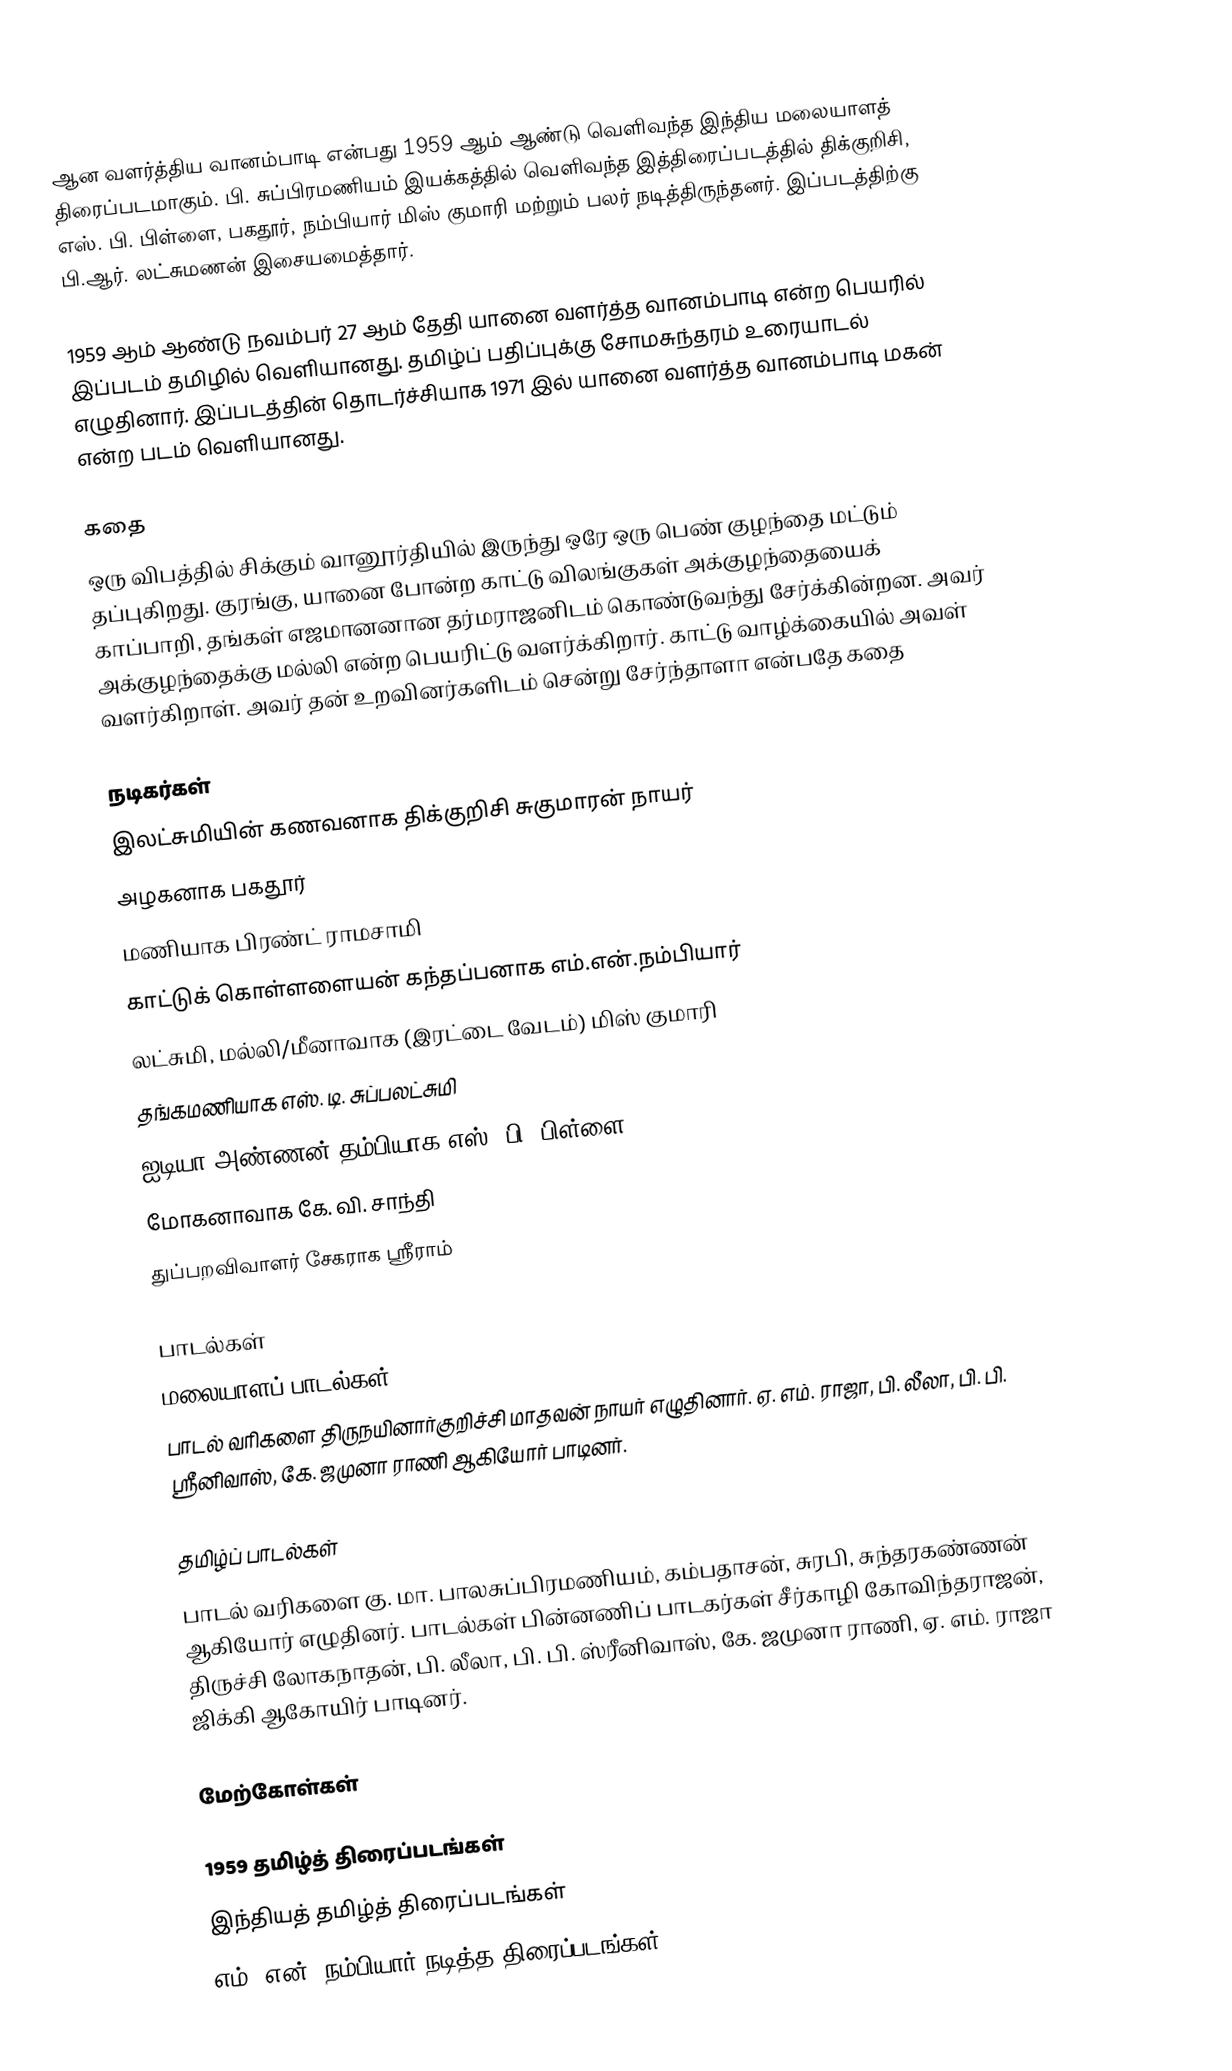
ஆன வளர்த்திய வானம்பாடி என்பது 1959 ஆம் ஆண்டு வெளிவந்த இந்திய மலையாளத் திரைப்படமாகும். பி. சுப்பிரமணியம் இயக்கத்தில் வெளிவந்த இத்திரைப்படத்தில் திக்குறிசி, எஸ். பி. பிள்ளை, பகதூர், நம்பியார் மிஸ் குமாரி மற்றும் பலர் நடித்திருந்தனர். இப்படத்திற்கு பி.ஆர். லட்சுமணன் இசையமைத்தார்.

1959 ஆம் ஆண்டு நவம்பர் 27 ஆம் தேதி யானை வளர்த்த வானம்பாடி என்ற பெயரில் இப்படம் தமிழில் வெளியானது. தமிழ்ப் பதிப்புக்கு சோமசுந்தரம் உரையாடல் எழுதினார். இப்படத்தின் தொடர்ச்சியாக 1971 இல் யானை வளர்த்த வானம்பாடி மகன் என்ற படம் வெளியானது.

கதை
ஒரு விபத்தில் சிக்கும் வானூர்தியில் இருந்து ஒரே ஒரு பெண் குழந்தை மட்டும் தப்புகிறது. குரங்கு, யானை போன்ற காட்டு விலங்குகள் அக்குழந்தையைக் காப்பாறி, தங்கள் எஜமானனான தர்மராஜனிடம் கொண்டுவந்து சேர்க்கின்றன. அவர் அக்குழந்தைக்கு மல்லி என்ற பெயரிட்டு வளர்க்கிறார். காட்டு வாழ்க்கையில் அவள் வளர்கிறாள். அவர் தன் உறவினர்களிடம் சென்று சேர்ந்தாளா என்பதே கதை

நடிகர்கள்
 இலட்சுமியின் கணவனாக திக்குறிசி சுகுமாரன் நாயர்
 அழகனாக பகதூர்
 மணியாக பிரண்ட் ராமசாமி
 காட்டுக் கொள்ளளையன் கந்தப்பனாக எம்.என்.நம்பியார்
 லட்சுமி, மல்லி/மீனாவாக (இரட்டை வேடம்) மிஸ் குமாரி
 தங்கமணியாக எஸ். டி. சுப்பலட்சுமி
 ஐடியா அண்ணன் தம்பியாக எஸ். பி. பிள்ளை
 மோகனாவாக கே. வி. சாந்தி
 துப்பறவிவாளர் சேகராக ஸ்ரீராம்

பாடல்கள்
மலையாளப் பாடல்கள்
பாடல் வரிகளை திருநயினார்குறிச்சி மாதவன் நாயர் எழுதினார். ஏ. எம். ராஜா, பி. லீலா, பி. பி. ஸ்ரீனிவாஸ், கே. ஜமுனா ராணி ஆகியோர் பாடினர்.

தமிழ்ப் பாடல்கள்
பாடல் வரிகளை கு. மா. பாலசுப்பிரமணியம், கம்பதாசன், சுரபி, சுந்தரகண்ணன் ஆகியோர் எழுதினர். பாடல்கள் பின்னணிப் பாடகர்கள் சீர்காழி கோவிந்தராஜன், திருச்சி லோகநாதன், பி. லீலா, பி. பி. ஸ்ரீனிவாஸ், கே. ஜமுனா ராணி, ஏ. எம். ராஜா ஜிக்கி ஆகோயிர் பாடினர்.

மேற்கோள்கள்

1959 தமிழ்த் திரைப்படங்கள்
இந்தியத் தமிழ்த் திரைப்படங்கள்
எம். என். நம்பியார் நடித்த திரைப்படங்கள்